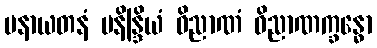
မနာယတနံ မနိန္ဒြိယံ ဝိညာဏံ ဝိညာဏက္ခန္ဓော